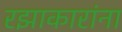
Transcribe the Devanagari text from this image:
रझाकारांना